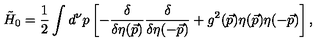
{ \tilde { H } } _ { 0 } = { \frac { 1 } { 2 } } \int d ^ { \nu } p \left[ - { \frac { \delta } { \delta \eta ( \vec { p } ) } } { \frac { \delta } { \delta \eta ( - \vec { p } ) } } + g ^ { 2 } ( \vec { p } ) \eta ( \vec { p } ) \eta ( - \vec { p } ) \right] ,